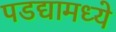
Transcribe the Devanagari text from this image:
पडद्यामध्ये